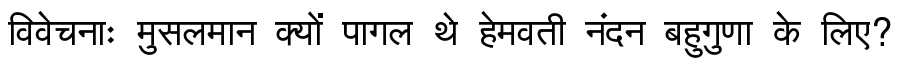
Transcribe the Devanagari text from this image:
विवेचनाः मुसलमान क्यों पागल थे हेमवती नंदन बहुगुणा के लिए?